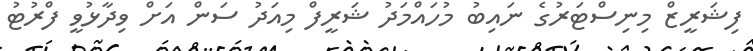
ފިޝަރީޒް މިނިސްޓަރުގެ ނައިބު މުހައްމަދު ޝަރީފް މިއަދު ސަން އަށް ވިދާޅުވީ ފްރުޓު